Annual report on the Civil Veterinary Department, Burma (including the Insein Veterinary School) - 1910-1922
Year: 1910
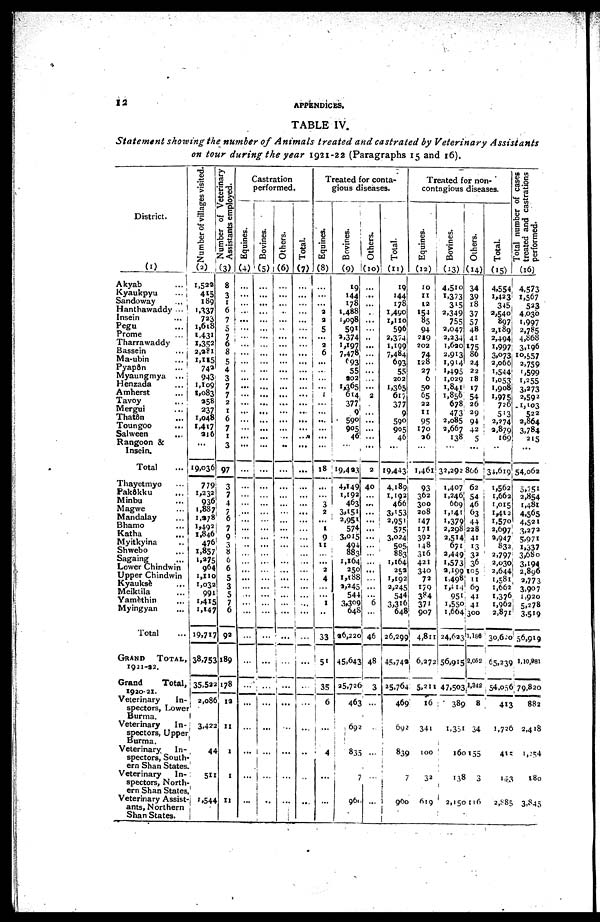
12
APPENDICES.
TABLE IV.
Statement showing the number of Animals treated and castrated by Veterinary
Assistants
on tour during the year 1921-22 (Paragraphs 15 and 16).
District.
(1)
Akyab
...
Kyaukpyu
...
Sandoway
...
Hanthawaddy ...
Insein
...
Pegu ...
Prome
...
Tharrawaddy
Bassein
...
Ma-ubin
...
Pyapôn ...
Myaungmya ...
Henzada
...
Amherst
...
Tavoy
...
Mergui ...
Thatôn ...
Toungoo ...
Salween ...
Rangoon &
Insein.
Total
...
Thayetmyo
...
Pakôkku
...
Minbu ...
Magwe ...
Mandalay ...
Bhamo ...
Katha ...
Myitkyina ..
Shwebo ...
Sagaing ...
Lower Chindwin
Upper Chindwin
Kyauksè
...
Meiktila
...
Yamèthin
...
Myingyan
...
Total
GRAND
TOTAL,
1921-32.
Grand
Total,
1920-21.
Veterinary
In-
spectors, Lower
Burma.
Veterinary
In-
spectors, Upper
Burma.
Veterinary In-
spectors, South-
ern Shan States.
Veterinary In-
spectors, North-
ern Shan States.
Veterinary Assist-
ants, Northern
Shan States.
Number of villages visited.
(2)
1,522
415
189
1,137
723
1,618
1,431
1,352
2,381
1,115
742
943
1,109
1,083
258
237
1,048
I,4I7
216
...
9,036
779
1,232
936
1,887
1,278
1,492
1,846
476;
1,857
1,375
964
1,110
1,032
991
1,415
1,147
19,717
38,753
35,522
2,086
3,422
44
511
1,544
Number of Veterinary
Assistants employed.
(3)
8
3
1
6
7
5
7
6
8
5
4
3
7
7
2
1
6
7
1
3
97
3
7
4
7
6
7
9
3
8
6
6
5
3
5
7
6
93
189
178
12
11
1
1
11
Castration
performed.
Equines.
(4)
...
...
...
...
...
...
...
...
...
...
...
...
...
...
...
...
...
...
...
...
...
...
...
...
...
...
...
...
...
...
...
...
...
...
...
...
...
...
...
...
...
...
...
...
...
Bovines.
(5)
...
...
...
...
...
...
...
...
...
...
...
...
...
...
...
...
...
...
...
...
...
...
...
...
...
...
...
...
...
...
...
...
...
...
...
...
...
...
...
...
...
...
..
Others.
(6)
...
...
...
..
...
...
...
...
...
...
...
...
...
...
...
...
...
...
..
...
...
...
...
...
...
...
...
...
...
...
...
...
...
...
...
...
...
...
...
...
...
...
...
...
Total.
(7)
...
...
...
...
...
...
...
...
...
...
...
...
...
...
...
...
...
...
...
...
...
...
...
...
...
...
...
...
...
...
...
...
...
...
...
...
...
...
...
...
...
..
...
..
Treated for conta-
gious diseases.
Equines.
(8)
...
...
...
3
3
5
...
2
6
...
..
...
...
1
...
...
... ...
...
...
18
...
...
3
2
...
1
9
11
...
...
2
4
...
1
..
33
51
35
6
...
4
...
...
Bovines.
(9)
19
144
178
1,488
1,098
591
3,374
1,197
7,478
693
55
202
1,365
614
377
9
590
905
46
...
19,423
4,149
1,192
463
3,151
2,951
574
3,015
494
883
1,164
250
1,188
2,245
544
3,309
648
36,220
45,643
25,726
463
692
835
...
961
Others.
(10)
...
...
...
.
...
...
..
...
...
...
...
...
...
2
...
...
...
...
...
...
2
40
...
...
...
...
...
...
...
...
...
...
...
...
...
6
...
46
48
3
...
...
...
...
...
Total.
(11)
19
144
178
1,490
1,110
596
2,374
1,199
7,484
693
55
202
1*365
617
377
9
590
905
46
...
19,443
4,189
1,192
466
3,153
2,951
575
3,024
505
883
1,164
252
1,192
2,245
544
3,316
648
26,299
45,742
25,764
469
692
839
7
900
Treated for non-
contagious diseases.
Equines.
(12)
10
11
12
154
85
94
219
202
74
128
27
6
50
65
22
II
95
170
36
...
1,461
93
362
300
208
147
171
392
148
316
421
340
72
179
384
371
907
4,811
6,272
5,211
16
341
100
32
619
Bovines.
(13)
4,510
1,373
315
2,349
755
2,047
2,234
1,620
2,913
1,914
1,495
1,029
1,841
1,856
678
473
2,085
2,667
138
...
32,292
1,407
1,246
669
1,141
1,379
2,298
2,514
671
2,449
1,573
2,199
1,498
1,414
951
1,550
1,664
24,623
56,915
47,503
389
1,351
160
138
2,15
Others.
(14)
34
39
18
37
57
48
41
175
86
24
22
18
17
54
26
29
94
42
5
...
806
62
54
46
63
44
228
41
13
32
36
105
11
69
41
41
300
1,186
2,062
1,342
8
34
155
3
116
Total.
(15)
4,554
1,423
345
2,540
897
2,189
2,494
1,997
3,073
2,066
1,544
1,053
1,908
1,975
726
513
2,274
2,879
169
..
34,619
1,562
1,662
1,015
1,412
1,570
2,697
2,947
832
2,797
2,030
2,644
1,581
1,662
1,376
1,962
2,871
30,620
65,238
54,056
413
1,726
415
173
2,886
Total number or cases
treated and castrations
performed.
(16)
4,573
1,567
523
4,030
1,997
2,785
4,868
3,196
10,557
2,759
1,599
1,255
3,273
2,592
1,103
522
2,864
3,784
215
...
54,062
5,751
2,854
1,481
4,565
4,521
3,273
5,971
1,337
3,680
3,194
2,896
3,773
3,90 7
1,920
5,278
3,519
56,919
1,10,981
79,820
882
2,418
1,254
180
3,845